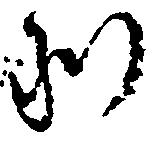
別